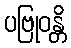
ပဗြုဝန္တိ